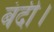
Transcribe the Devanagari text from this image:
बंदी।